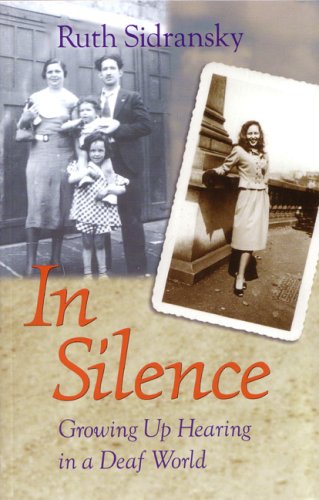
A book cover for In Silence: Growing Up Hearing in a Deaf World; Ruth Sidransky; Law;